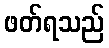
ဖတ်ရသည်